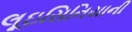
લૂઇસિનિયાની